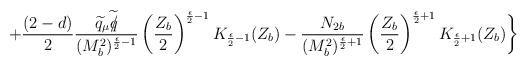
LaTeX: \begin{align*}+\frac{(2-d)}{2}\frac{\widetilde{q}_{\mu}\widetilde{q\hspace{-0.20cm}/}}{(M^{2}_{b})^{\frac{\epsilon}{2}-1}}\left(\frac{Z_{b}}{2}\right)^{\frac{\epsilon}{2}-1}K_{\frac{\epsilon}{2}-1}(Z_{b})-\frac{{N_{2b}}}{(M^{2}_{b})^{\frac{\epsilon}{2}+1}}\left(\frac{Z_{b}}{2}\right)^{\frac{\epsilon}{2}+1}K_{\frac{\epsilon}{2}+1}(Z_{b})\biggr\}\end{align*}